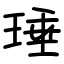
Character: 㻔